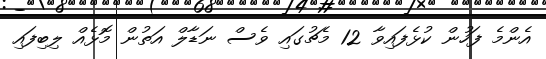
އެންމެ ފަހުން ކުޅެފައިވާ 12 މެޗުގައި ވެސް ނަޑާލް އަތުން މޮޅެއް ލިބިފައި